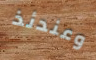
وعندئذ